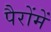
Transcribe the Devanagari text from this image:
पैरोंमें